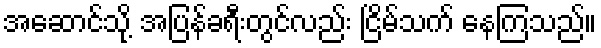
အဆောင်သို့ အပြန်ခရီးတွင်လည်း ငြိမ်သက် နေကြသည်။